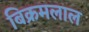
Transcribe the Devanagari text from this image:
बिक्रमलाल